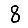
Digit: 8